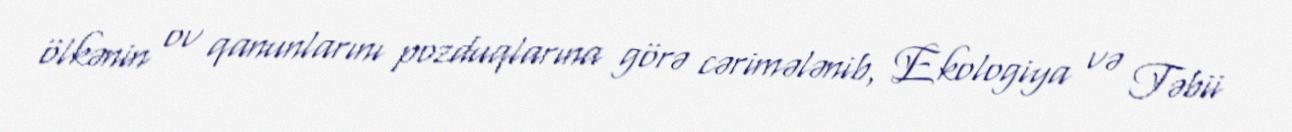
ölkənin ov qanunlarını pozduqlarına görə cərimələnib, Ekologiya və Təbii